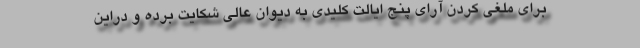
برای ملغی کردن آرای پنج ایالت کلیدی به دیوان عالی شکایت برده و دراین